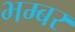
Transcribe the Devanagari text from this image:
भम्बर